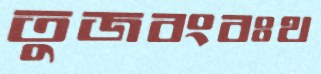
তুজবংবঃথ